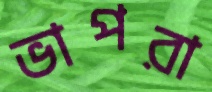
ভাপরা